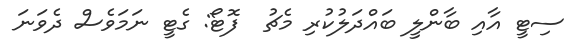
ސިޓީ އާއި ބާންލީ ބައްދަލުކުރި މެޗު  ފޮޓޯ: ގެޓީ ނަމަވެސް ދެވަނަ